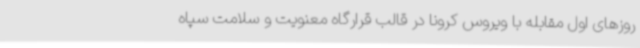
روزهای اول مقابله با ویروس کرونا در قالب قرارگاه معنویت و سلامت سپاه